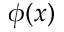
\phi ( x )